Civil Veterinary Dept. Bombay admin report 1893-99 - 1893-1899
Year: 1893
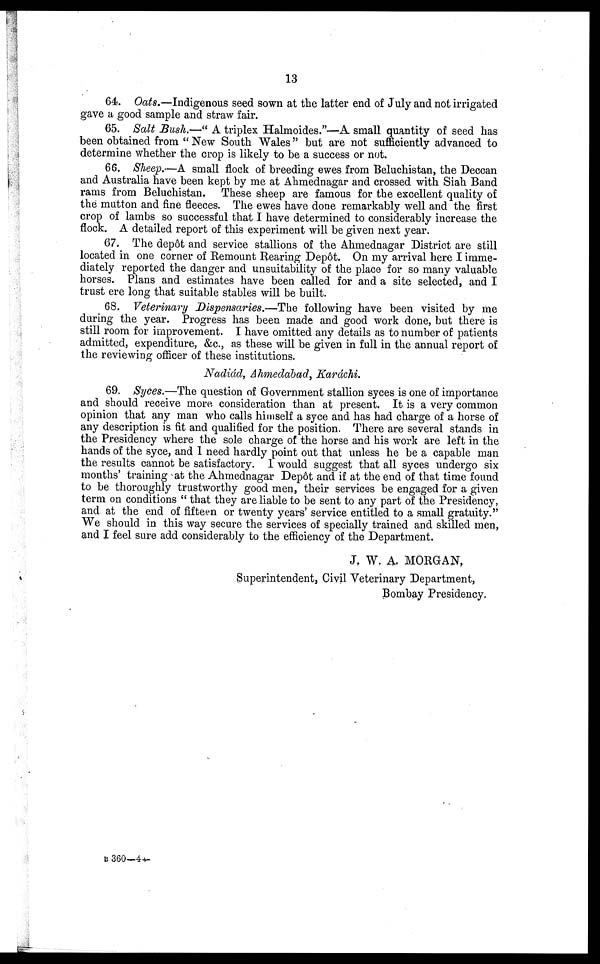
13
64. Oats.—Indigenous seed sown at the latter end of July and not irrigated
gave a good sample and straw fair.
65. Salt Bush.—"A triplex Halmoides."—A small quantity of seed has
been obtained from "New South Wales" but are not sufficiently advanced to
determine whether the crop is likely to be a success or not.
66. Sheep.—A small flock of breeding ewes from Beluchistan, the Deccan
and Australia have been kept by me at Ahmednagar and crossed with Siah Band
rams from Beluchistan. These sheep are famous for the excellent quality of
the mutton and fine fleeces. The ewes have done remarkably well and the first
crop of lambs so successful that I have determined to considerably increase the
flock. A detailed report of this experiment will be given next year.
67. The depôt and service stallions of the Ahmednagar District are still
located in one corner of Remount Rearing Depôt. On my arrival here I imme-
diately reported the danger and unsuitability of the place for so many valuable
horses. Plans and estimates have been called for and a site selected, and I
trust ere long that suitable stables will be built.
68. Veterinary Dispensaries.—The following have been visited by me
during the year. Progress has been made and good work done, but there is
still room for improvement. I have omitted any details as to number of patients
admitted, expenditure, &c., as these will be given in full in the annual report of
the reviewing officer of these institutions.
Nadiád, Ahmedabad, Karáchi.
69. Syces.—The question of Government stallion syces is one of importance
and should receive more consideration than at present. It is a very common
opinion that any man who calls himself a syce and has had charge of a horse of
any description is fit and qualified for the position. There are several stands in
the Presidency where the sole charge of the horse and his work are left in the
hands of the syce, and I need hardly point out that unless he be a capable man
the results cannot be satisfactory. 1 would suggest that all syces undergo six
months' training at the Ahmednagar Depôt and if at the end of that time found
to be thoroughly trustworthy good men, their services be engaged for a given
term on conditions "that they are liable to be sent to any part of the Presidency,
and at the end of fifteen or twenty years' service entitled to a small gratuity."
We should in this way secure the services of specially trained and skilled men,
and I feel sure add considerably to the efficiency of the Department.
J. W. A. MORGAN,
Superintendent, Civil Veterinary Department,
Bombay Presidency.
B 360—4—